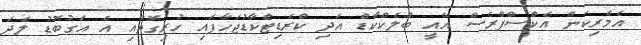
އެމެރިކަން އެކްސްޕްރެސް އޭއީ ބްލެކްކާޑް އަދި ކްރެޑިޓްކާޑުޖަހާފައި ހުރިގޮތާއި އެ އަގުބޮޑު ލެދަ